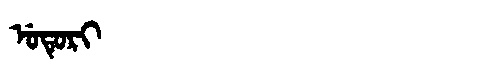
Manchu: ᡠᡨᡠᡵᡳ
Romanization: UTURI